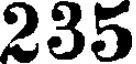
235